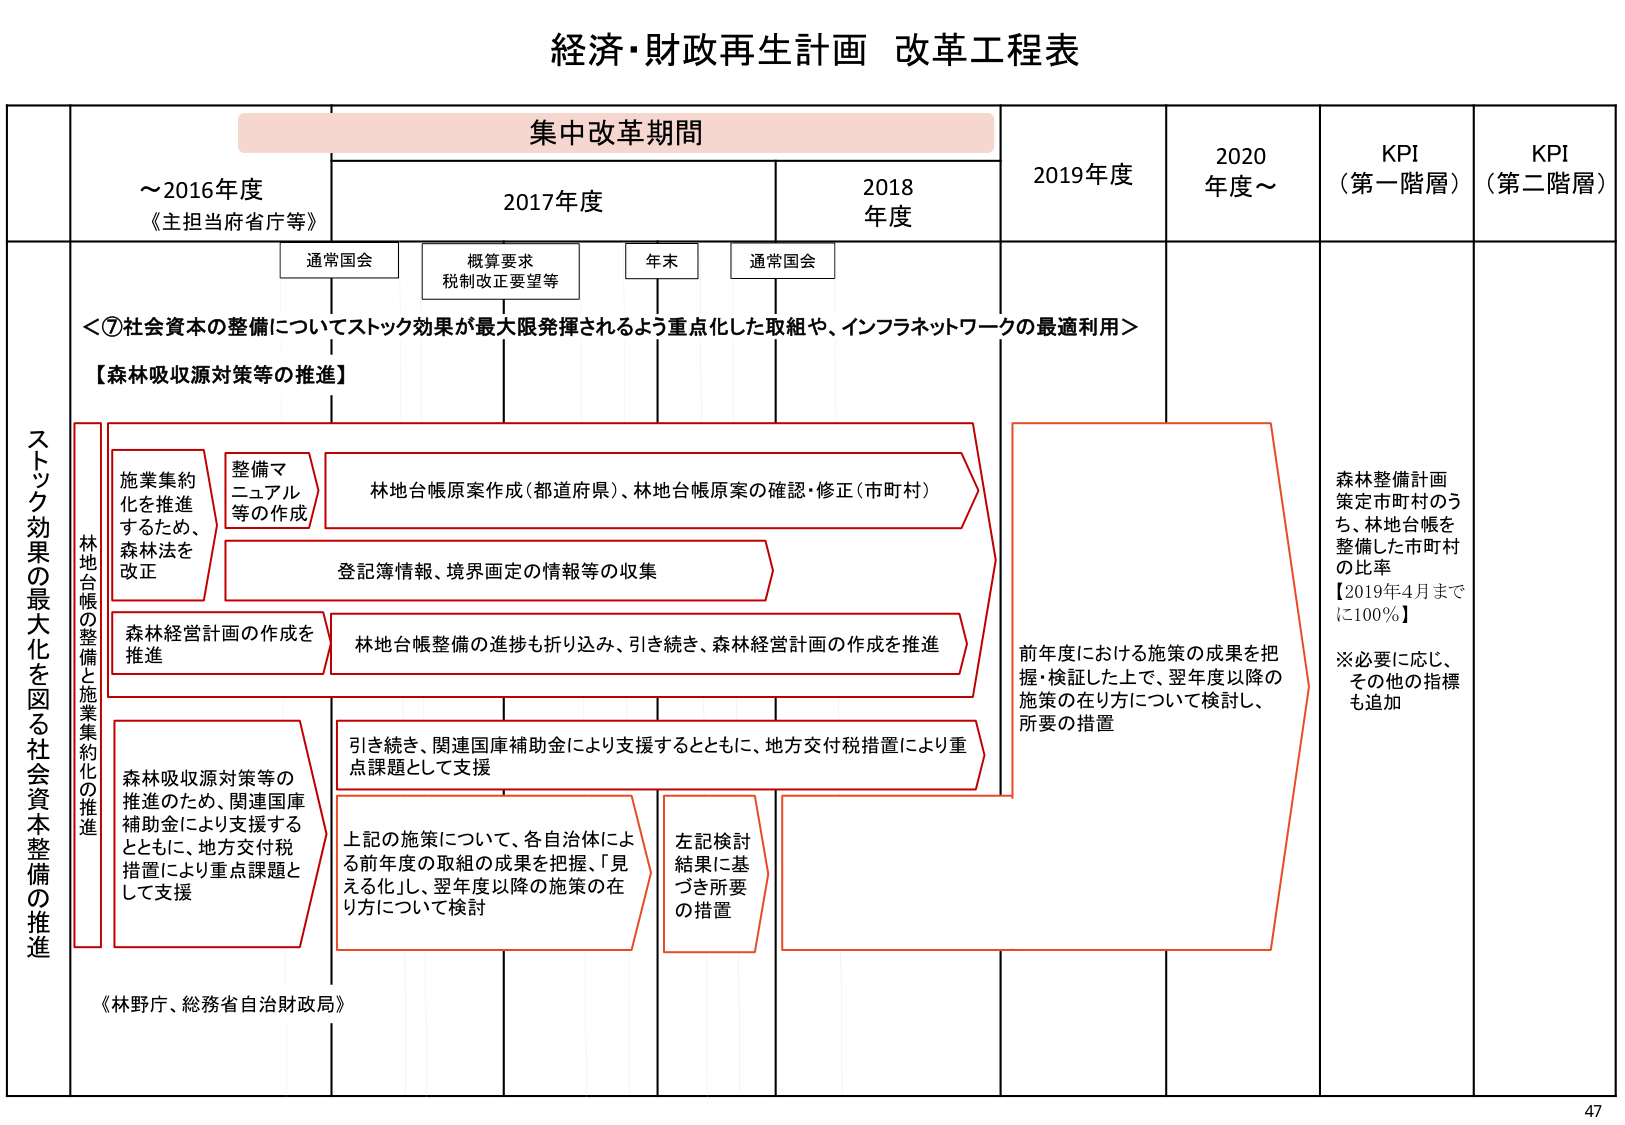
経済・財政再生計画 改革工程表

集中改革期間

～2016年度
《主担当府省庁等》

2017年度
通常国会
概算要求
税制改正要望等
年末
通常国会

2018年度

2019年度

2020年度～

KPI
（第一階層）

KPI
（第二階層）

＜⑦社会資本の整備についてストック効果が最大限発揮されるよう重点化した取組や、インフラネットワークの最適利用＞

【森林吸収源対策等の推進】

ストック効果の最大化を図る社会資本整備の推進

林地台帳の整備と施業集約化の推進

施業集約化を推進するため、森林法を改正

整備マニュアル等の作成

林地台帳原案作成（都道府県）、林地台帳原案の確認・修正（市町村）

登記簿情報、境界画定の情報等の収集

森林経営計画の作成を推進

林地台帳整備の進捗も折り込み、引き続き、森林経営計画の作成を推進

森林吸収源対策等の推進のため、関連国庫補助金により支援するとともに、地方交付税措置により重点課題として支援

引き続き、関連国庫補助金により支援するとともに、地方交付税措置により重点課題として支援

上記の施策について、各自治体による前年度の取組の成果を把握、「見える化」し、翌年度以降の施策の在り方について検討

左記検討結果に基づき所要の措置

前年度における施策の成果を把握・検証した上で、翌年度以降の施策の在り方について検討し、所要の措置

森林整備計画策定市町村のうち、林地台帳を整備した市町村の比率
【2019年4月までに100％】
※必要に応じ、その他の指標も追加

《林野庁、総務省自治財政局》

47